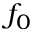
f _ { 0 }